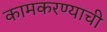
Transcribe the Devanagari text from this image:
कामकरण्याची